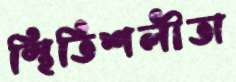
স্থিতিশলীতা